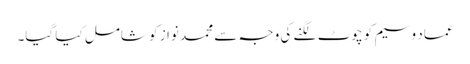
عماد وسیم کو چوٹ لگنے کی وجہ سے محمد نواز کو شامل کیا گیا۔